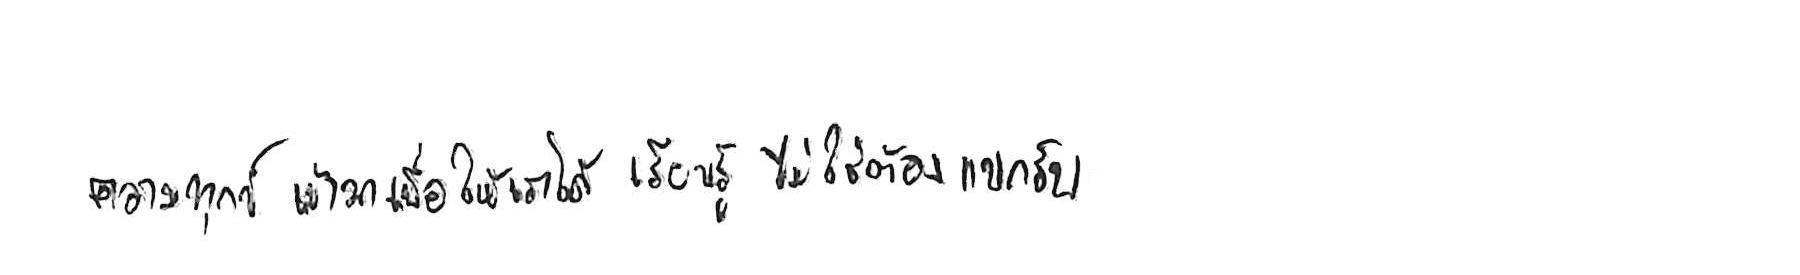
ความทุกข์ เข้ามาเพื่อให้เราได้ เรียนรู้ ไม่ใช่ต้อง แบกรับ